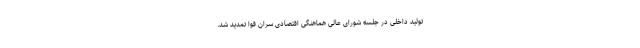
تولید داخلی در جلسه شورای عالی هماهنگی اقتصادی سران قوا تمدید شد.